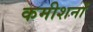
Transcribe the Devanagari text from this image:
कमीशनों